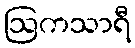
ဩကသာရီ